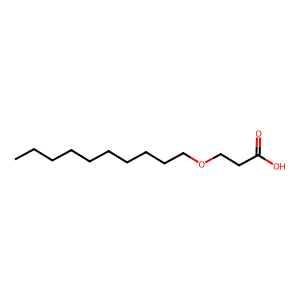
SMILES: CCCCCCCCCCOCCC(=O)O
Inhibits HIV replication: No